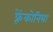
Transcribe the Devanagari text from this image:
फ़्रेंकोनिया